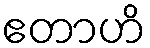
ဧတာဟိ